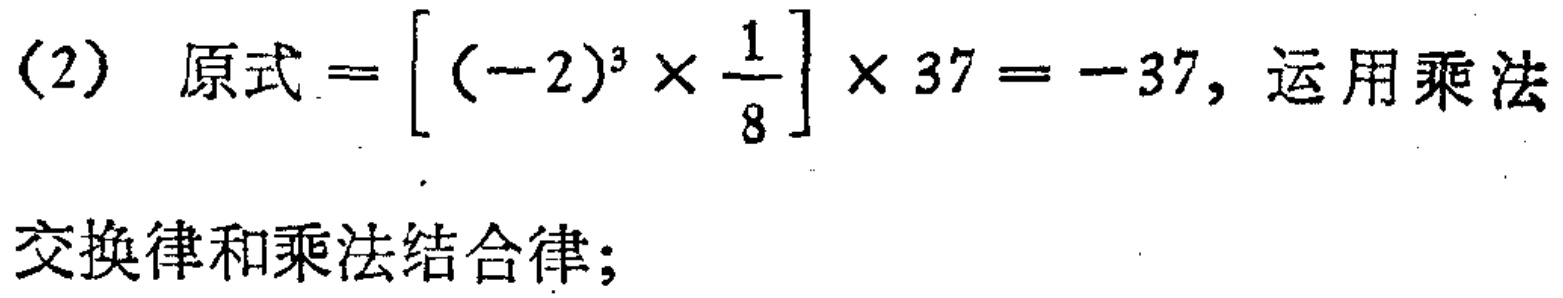
(2) 原式$=\left[(-2)^{3} \times \frac{1}{8}\right] \times 37=-37$, 运用乘法

交换律和乘法结合律;